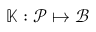
\mathbb { K } : \mathcal { P } \mapsto \mathcal { B }